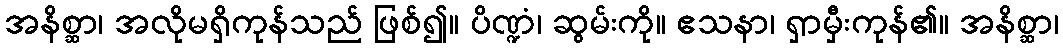
အနိစ္ဆာ၊ အလိုမရှိကုန်သည် ဖြစ်၍။ ပိဏ္ဍံ၊ ဆွမ်းကို။ ဧသနာ၊ ရှာမှီးကုန်၏။ အနိစ္ဆာ၊